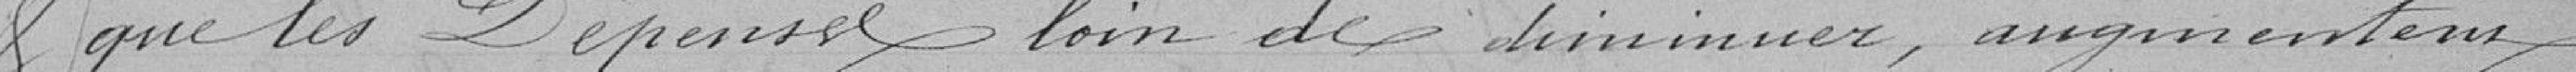
que les dépenses, loin de diminuer, augmentent